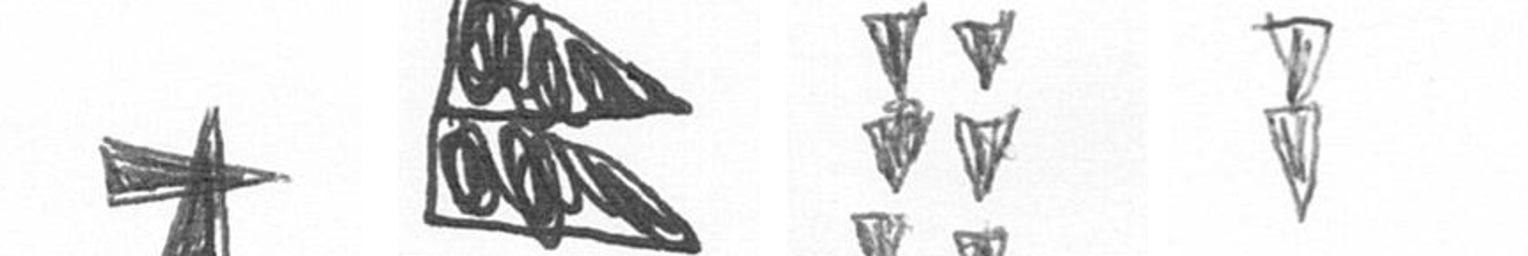
G P Y Z